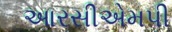
આરસીએમપી